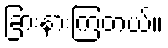
ခြားနားကြတယ်။